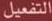
التفعيل